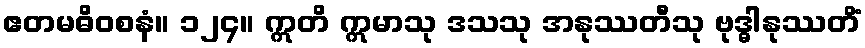
ဧတမဓိဝစနံ။ ၁၂၄။ ဣတိ ဣမာသု ဒသသု အနုဿတီသု ဗုဒ္ဓါနုဿတိံ